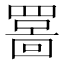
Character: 𫅊